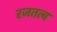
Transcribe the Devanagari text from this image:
रजतत्व